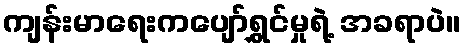
ကျန်းမာရေးကပျော်ရွှင်မှုရဲ့ အခရာပဲ။